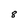
Character: 8